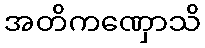
အတိကဏှောသိ